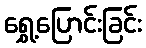
ရွှေ့ပြောင်းခြင်း